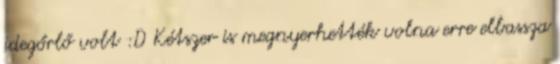
idegőrlő volt :D Kétszer is megnyerhették volna erre elbassza